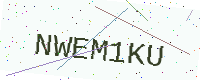
Text: NWEM1KU